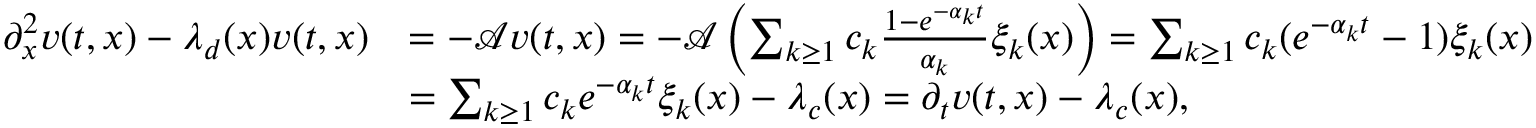
\begin{array} { r l } { \partial _ { x } ^ { 2 } v ( t , x ) - \lambda _ { d } ( x ) v ( t , x ) } & { = - \mathcal { A } v ( t , x ) = - \mathcal { A } \left( \sum _ { k \geq 1 } c _ { k } \frac { 1 - e ^ { - \alpha _ { k } t } } { \alpha _ { k } } \xi _ { k } ( x ) \right) = \sum _ { k \geq 1 } c _ { k } ( e ^ { - \alpha _ { k } t } - 1 ) \xi _ { k } ( x ) } \\ & { = \sum _ { k \geq 1 } c _ { k } e ^ { - \alpha _ { k } t } \xi _ { k } ( x ) - \lambda _ { c } ( x ) = \partial _ { t } v ( t , x ) - \lambda _ { c } ( x ) , } \end{array}